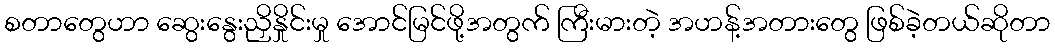
စတာတွေဟာ ဆွေးနွေးညှိနှိုင်းမှု အောင်မြင်ဖို့အတွက် ကြီးမားတဲ့ အဟန့်အတားတွေ ဖြစ်ခဲ့တယ်ဆိုတာ